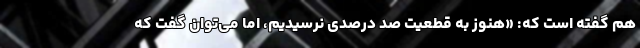
هم گفته است که: «هنوز به قطعیت صد درصدی نرسیدیم، اما می‌توان گفت که